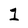
Character: 1